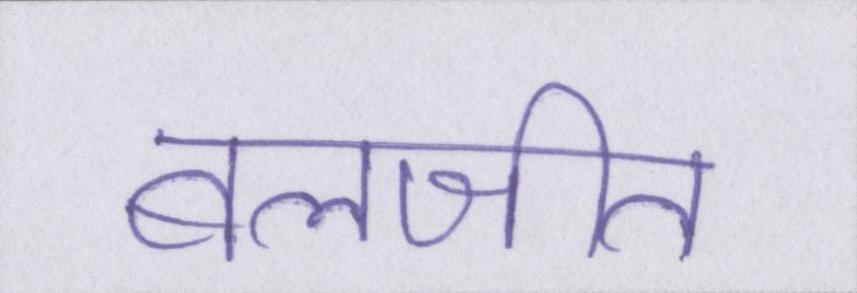
बलजीत